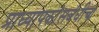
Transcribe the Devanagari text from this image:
प्राध्यापकांसबंधीचा